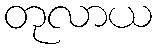
တုလာယ